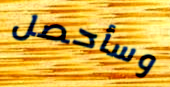
وسأحصل